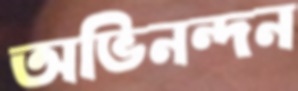
অভিনন্দন